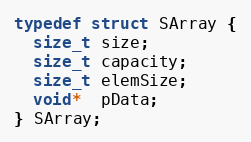
Language: C
typedef struct SArray {
  size_t size;
  size_t capacity;
  size_t elemSize;
  void*  pData;
} SArray;